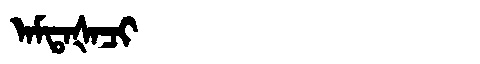
Manchu: ᠠᠮᡨᠠᡧᠠᠴᡳ
Romanization: AMTAŠACI